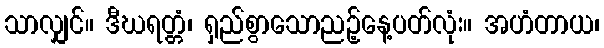
သာလျှင်။ ဒီဃရတ္တံ၊ ရှည်စွာသောညဉ့်နေ့ပတ်လုံး။ အဟံတာယ၊